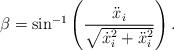
LaTeX: \begin{align*}\beta = \sin^{-1} \left( \frac{\ddot{x}_i }{\sqrt{\dot{x}_i^2+\ddot{x}_i^2}} \right).\end{align*}